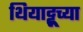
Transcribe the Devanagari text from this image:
थियाट्टूच्या